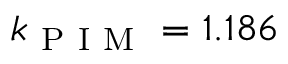
k _ { \mathrm { ~ P ~ I ~ M ~ } } = 1 . 1 8 6